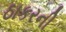
ઠાકરની